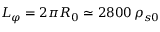
{ L _ { \varphi } = 2 \pi R _ { 0 } \simeq 2 8 0 0 \, \rho _ { s 0 } }